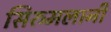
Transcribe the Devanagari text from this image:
सिरुमलानी